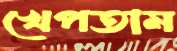
খেপতাম